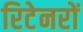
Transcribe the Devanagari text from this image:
रिटेनरों